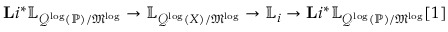
\mathbf { L } i ^ { * } \mathbb { L } _ { \mathcal { Q } ^ { \log } ( \mathbb { P } ) / \mathfrak { M } ^ { \log } } \rightarrow \mathbb { L } _ { \mathcal { Q } ^ { \log } ( X ) / \mathfrak { M } ^ { \log } } \rightarrow \mathbb { L } _ { i } \rightarrow \mathbf { L } i ^ { * } \mathbb { L } _ { \mathcal { Q } ^ { \log } ( \mathbb { P } ) / \mathfrak { M } ^ { \log } } [ 1 ]